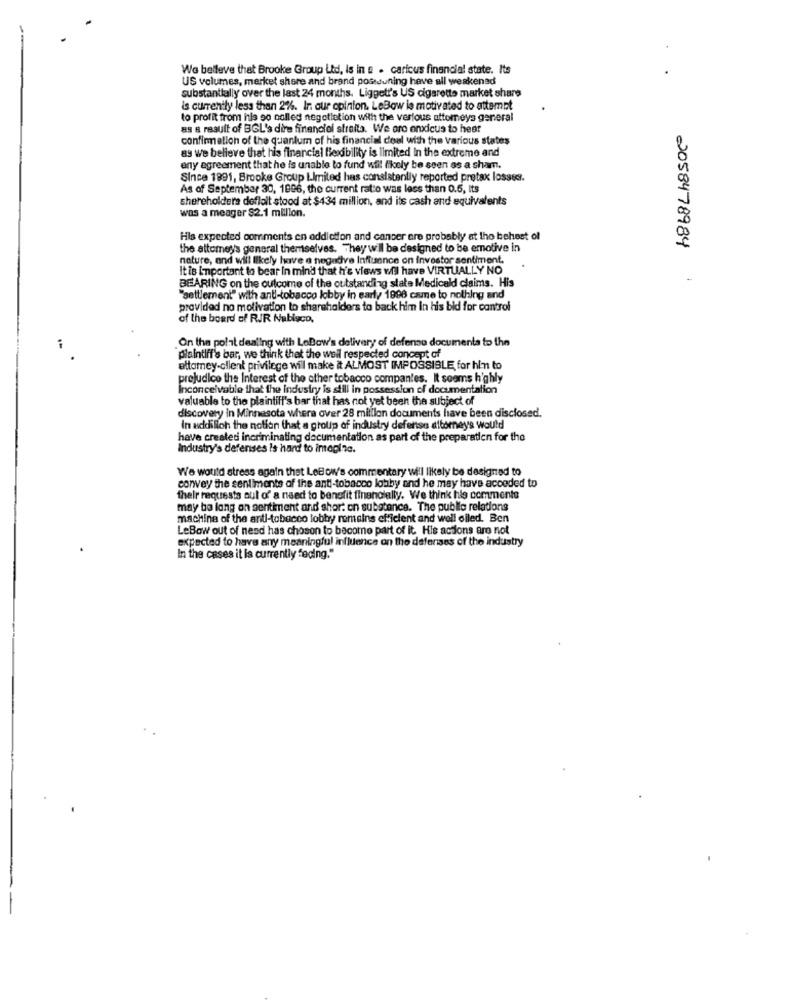
We believe that Brooke Group Ltd, is in s . carious financial state. Its
US volumes, market share and brand postuning heve all weakened
substantially over the last 24 months. Ligget!'s US cigarette market share
is currently less than 2%. In. our opinion. LeBow is motivated to attempt
to profit from hle so called negotiation with the verfous attorneys general
as a result of BGL'a dire financial straita. We oro enxicus to hear
confirmation of the quantum of his financial deal with the various states
as we believe that his financial flexibility is limited in the extreme and
eny agreement that he is unable to fund will likely be seen as a sham.
Since 1891, Brooke Group Limited has consistently reported pretax losses.
As of September 30, 1996, the current ratio was less than 0.5, Its
shereholders deflalt stood at $434 million, and its cash and equivalents
was a meager $2.1 million.
His expected comments en addiction and cancer ere probably at the behest of
the attorney's general themselves. They wil be designed to be emotive in
2058478984
nature, and will likely have a negative Influence on investor sentiment.
It is important to bear in mind that h's views will have VIRTUALLY NO
BEARING on the outcome of the outstanding state Medicald claims. His
"settlement" with anti-tobacco lobby in early 1996 came to nothing and
provided no motivation to shareholders to back him In his bid for control
of the board of RJR Nabisco.
On the polat dealing with LeBow's delivery of defense documents to the
plaintiff's bar, we think that the weil respected concept of
attorney-client privilege wil make it ALMOST IMPOSSIBLE for him to
prejudice the Interest of the other tobacco companies. It seems h'ghly
Inconceivable that the industry is still in possession of documentation
valuable to the plaintiff's bar that has not yet been the subject of
discovery in Minnesota where over 28 million documents have been disclosed.
In addillon the notion that a group of industry defense attorneys would
have created incriminating documentation as part of the preparation for the
Industry's defenses Is hard to imagine.
We would stress again that LeBow's commentary will likely be designed to
convey the sentiments of the anti-tobacco lobby and he may have acceded to
their requests out of a need to benefit financially. We think his commente
may be lang on sentiment and short on substance. The public relations
machine of the anti-tobacco lobby remains efficient and well oiled. Ben
LeBow out of nesd has chosen to become part of it His actions are not
expected to have any meaningful influence on the defenses of the industry
In the cases it is currently facing."